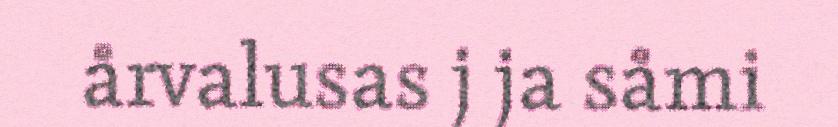
årvalusas j ja såmi